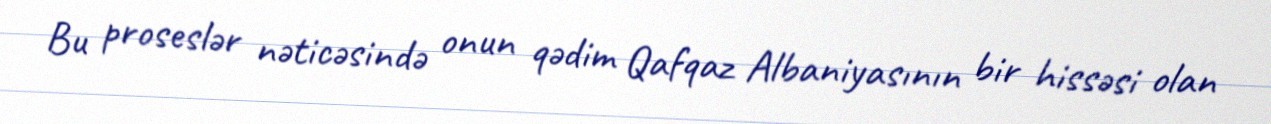
Bu proseslər nəticəsində onun qədim Qafqaz Albaniyasının bir hissəsi olan